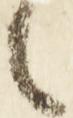
々